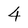
Character: 4